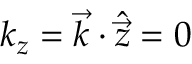
k _ { z } = \vec { k } \cdot \hat { \vec { z } } = 0